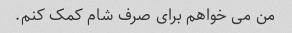
من می خواهم برای صرف شام کمک کنم.